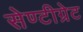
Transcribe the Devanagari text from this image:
सेण्टीग्रेट